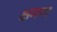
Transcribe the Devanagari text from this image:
क्षमण